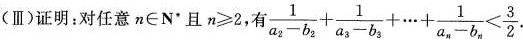
(Ⅲ) 证明：对任意n∈N”且$$n ≥ 2$$，有 $$ \frac { 1 } { a_{ 2 } - b_{ 2 } }+ \frac { 1 } {a_{ 3 } - b_{ 3 } } + \cdots + \frac { 1 } { a_{ n } - b_{ n } } < \frac { 3 } { 2 }.